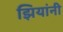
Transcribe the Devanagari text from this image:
झियांनी